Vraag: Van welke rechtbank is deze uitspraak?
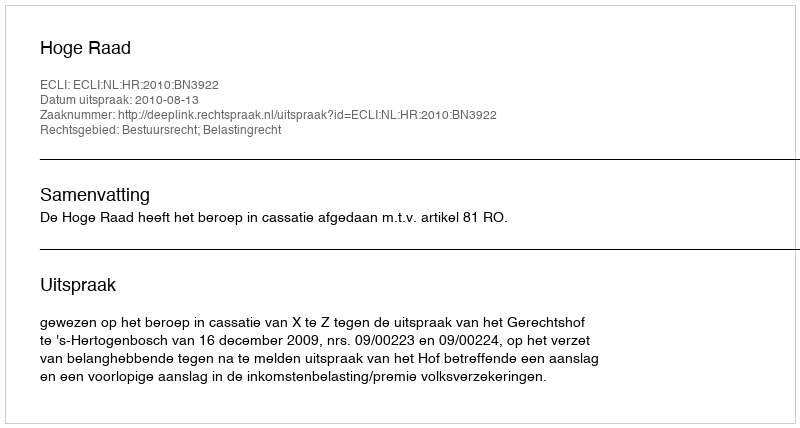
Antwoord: Hoge Raad